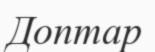
Доптар